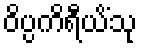
ဝိပ္ပကိရီယိံသု